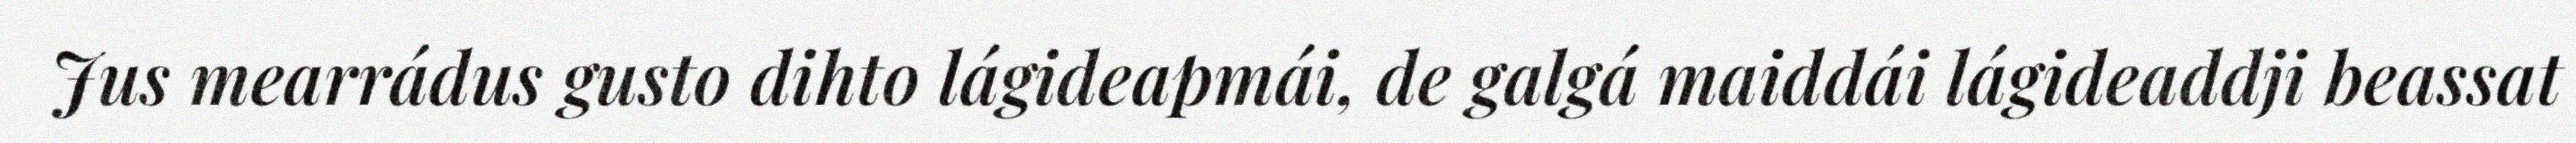
Jus mearrádus gusto dihto lágideapmái, de galgá maiddái lágideaddji beassat